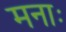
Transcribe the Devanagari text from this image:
मनाः